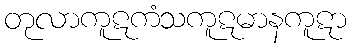
တုလာကူဋကံသကူဋမာနကူဋာ